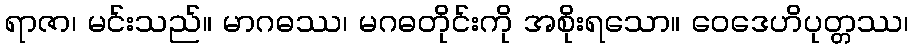
ရာဇာ၊ မင်းသည်။ မာဂဓဿ၊ မဂဓတိုင်းကို အစိုးရသော။ ဝေဒေဟိပုတ္တဿ၊